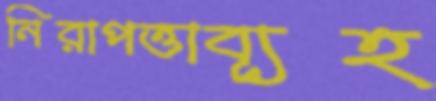
নিরাপত্তাব্যূহ